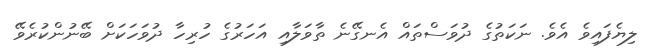
ލިޔެފައިވެ އެވެ. ނަކަތުގެ ދުވަސްތައް އެނގޭނެ ތާވަލާއި އަހަރުގެ ހުރިހާ ދުވަހަކަށް ބޭނުންކުރެވޭ